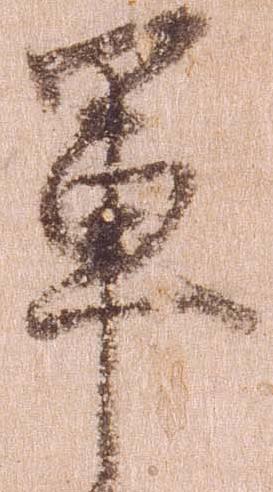
軍